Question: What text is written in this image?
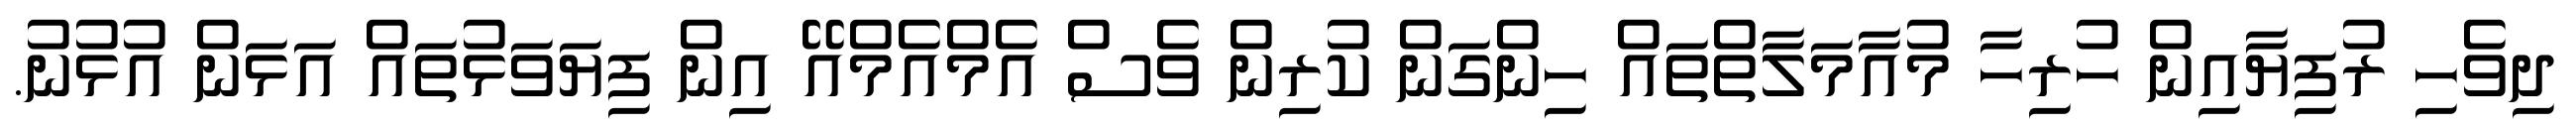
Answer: ދިވެހި ރުފިޔާއިން ހުރިހާ މުއާމަލާތްތައް ހިންގަން ކުރިން ވެސް އެމްއެމްއޭ އިން ފިޔަވަޅުތައް އަޅަން އުޅުނު.